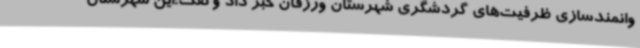
وانمندسازی ظرفیت‌های گردشگری شهرستان ورزقان خبر داد وگفت:این شهرستان